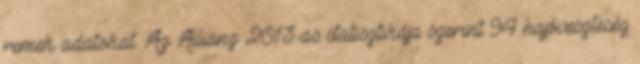
remek adatokat. Az Allianz 2013-as statisztikája szerint 94 hajóveszteség